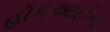
હૉકઆઈના